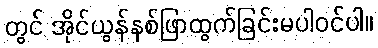
တွင် အိုင်ယွန်နစ်ဖြာထွက်ခြင်းမပါဝင်ပါ။